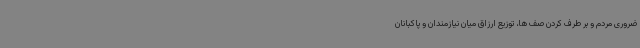
ضروری مردم و بر طرف کردن صف ها، توزیع ارزاق میان نیازمندان و پاکبانان